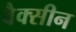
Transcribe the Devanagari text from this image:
वैक्‍सीन